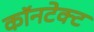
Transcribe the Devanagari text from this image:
कॉनटेक्ट